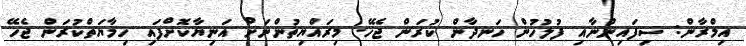
އިމްރާން: ސިފައިންނާއި ފުލުހުން ހަނދާން ކުރަން ޖެހޭ. މިރައްޔިތުންނަށް އަނިޔާކޮށްފައި ހިމާޔަތްކުރަން ޖެހޭ